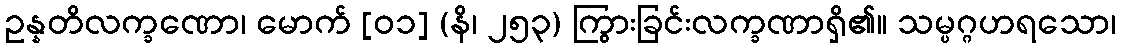
ဥန္နတိလက္ခဏော၊ မောက် [၀၁] (နိ၊ ၂၅၃) ကြွားခြင်းလက္ခဏာရှိ၏။ သမ္ပဂ္ဂဟရသော၊